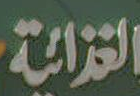
الغذائية